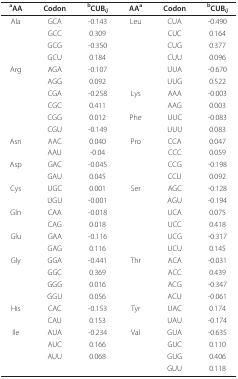
| aAA | Codon | bCUBij | AAa | Codon | bCUBij |
 | --- | --- | --- | --- | --- | --- |
 | Ala | GCA | -0.143 | Leu | CUA | -0.490 |
 |  | GCC | 0.309 |  | CUC | 0.164 |
 |  | GCG | -0.350 |  | CUG | 0.377 |
 |  | GCU | 0.184 |  | CUU | 0.096 |
 | Arg | AGA | -0.107 |  | UUA | -0.670 |
 |  | AGG | 0.092 |  | UUG | 0.522 |
 |  | CGA | -0.258 | Lys | AAA | -0.003 |
 |  | CGC | 0.411 |  | AAG | 0.003 |
 |  | CGG | 0.012 | Phe | UUC | -0.083 |
 |  | CGU | -0.149 |  | UUU | 0.083 |
 | Asn | AAC | 0.040 | Pro | CCA | 0.047 |
 |  | AAU | -0.04 |  | CCC | 0.059 |
 | Asp | GAC | -0.045 |  | CCG | -0.198 |
 |  | GAU | 0.045 |  | CCU | 0.092 |
 | Cys | UGC | 0.001 | Ser | AGC | -0.128 |
 |  | UGU | -0.001 |  | AGU | -0.194 |
 | Gln | CAA | -0.018 |  | UCA | 0.075 |
 |  | CAG | 0.018 |  | UCC | 0.418 |
 | Glu | GAA | -0.116 |  | UCG | -0.317 |
 |  | GAG | 0.116 |  | UCU | 0.145 |
 | Gly | GGA | -0.441 | Thr | ACA | -0.031 |
 |  | GGC | 0.369 |  | ACC | 0.439 |
 |  | GGG | 0.016 |  | ACG | -0.347 |
 |  | GGU | 0.056 |  | ACU | -0.061 |
 | His | CAC | -0.153 | Tyr | UAC | 0.174 |
 |  | CAU | 0.153 |  | UAU | -0.174 |
 | Ile | AUA | -0.234 | Val | GUA | -0.635 |
 |  | AUC | 0.166 |  | GUC | 0.110 |
 |  | AUU | 0.068 |  | GUG | 0.406 |
 |  |  |  |  | GUU | 0.118 |